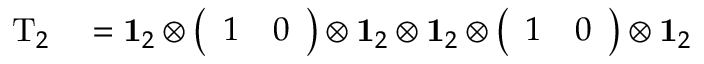
\begin{array} { r l } { \mathrm { T } _ { 2 } } & { { } = \mathbf { 1 } _ { 2 } \otimes \left( \begin{array} { l l } { 1 } & { 0 } \end{array} \right) \otimes \mathbf { 1 } _ { 2 } \otimes \mathbf { 1 } _ { 2 } \otimes \left( \begin{array} { l l } { 1 } & { 0 } \end{array} \right) \otimes \mathbf { 1 } _ { 2 } } \end{array}